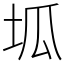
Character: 坬